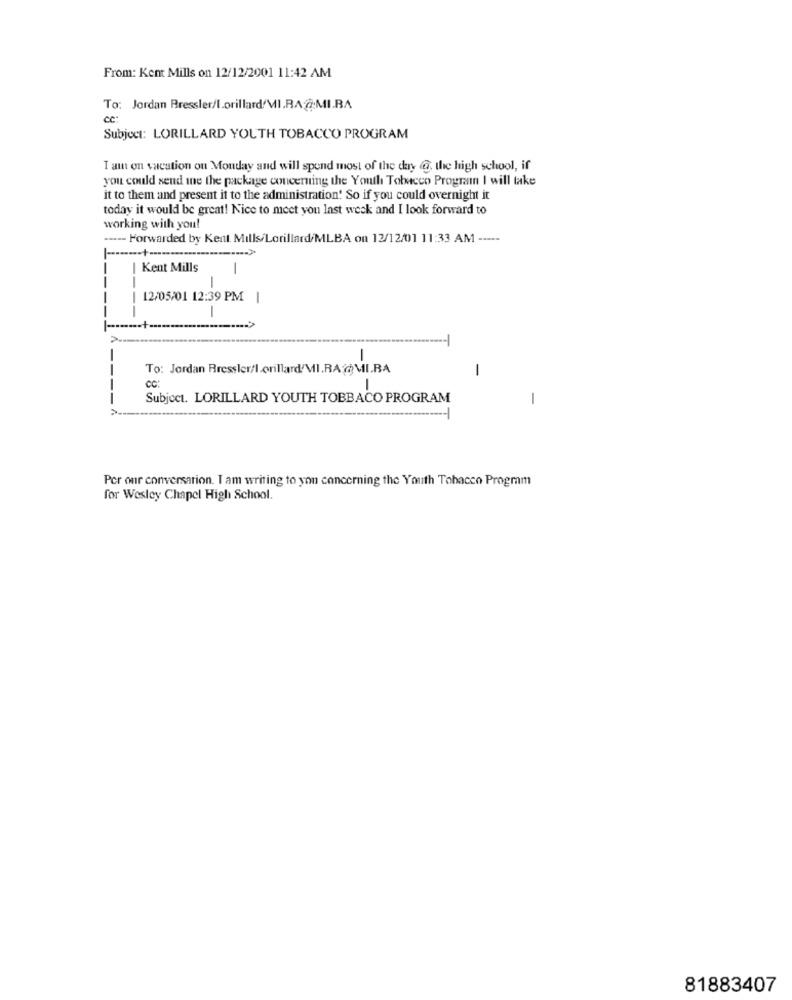
From: Kent Mills on 12/12/2001 11:42 AM
To: Jordan Bressler/l.orillard MI.RA @MI.BA
ce
Subject: LORILLARD YOUTH TOBACCO PROGRAM
I am on vacation on Monday and will spend most of the day @, the high school, if
you could send ine the package concerning the Youth Tobacco Program I will take
it to them and present it to the administration. So if you could overnight it
today it would be great! Nice to meet you last week and I look forward to
working with you!
---- Forwarded by Kent Mills/Lorillard/MLBA ou 12/12/01 11:33 AM -----
Kent Mills
1
-
12/05/01 12:39 PM
-
-
To: Jordan Rressler/lorillard/MI.RA @MI.BA
-
cc:
1
Subject. LORILLARD YOUTH TOBBACO PROGRAM
-
Per our conversation. Iam writing to yon concerning the Youth Tobacco Program
for Wesley Chapel High School.
81883407